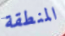
المنطقة